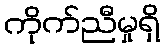
ကိုက်ညီမှုရှိ